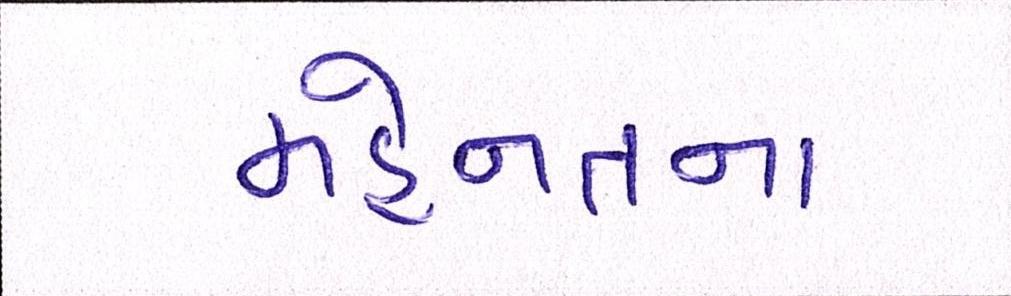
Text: મહેનતના